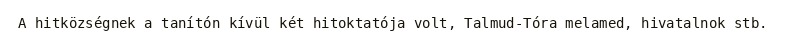
A hitközségnek a tanítón kívül két hitoktatója volt, Talmud-Tóra melamed, hivatalnok stb.